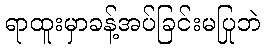
ရာထူးမှာခန့်အပ်ခြင်းမပြုဘဲ